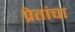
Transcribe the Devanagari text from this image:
प्रेतांचा